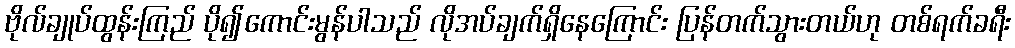
ဗိုလ်ချုပ်ထွန်းကြည် ပို၍ကောင်းမွန်ပါသည် လိုအပ်ချက်ရှိနေကြောင်း ပြန်တက်သွားတယ်ဟု တစ်ရက်ခရီး